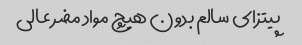
پیتزای سالم بدون هیچ مواد مضر عالی